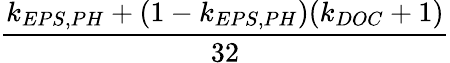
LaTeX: \frac{k_{EPS,PH}+(1-k_{EPS,PH})(k_{DOC}+1)}{32}